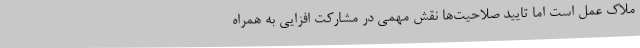
ملاک عمل است اما تایید صلاحیت‌ها نقش مهمی در مشارکت افزایی به همراه